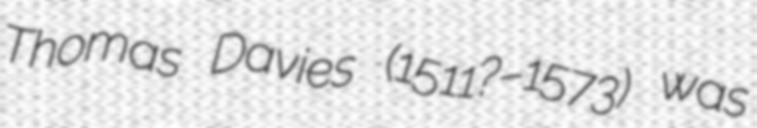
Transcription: Thomas Davies (1511?–1573) was